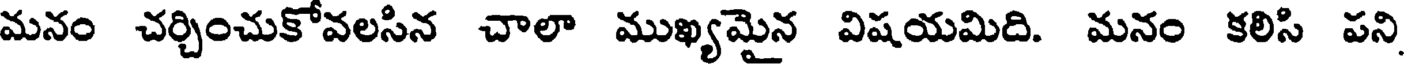
మనం చర్చించుకోవలసిన చాలా ముఖ్యమైన విషయమిది. మనం కలిసి పని